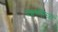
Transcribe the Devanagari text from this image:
घइबलिन्ज़ों